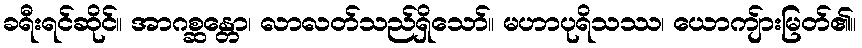
ခရီးရင်ဆိုင်။ အာဂစ္ဆန္တော၊ လာလတ်သည်ရှိသော်။ မဟာပုရိသဿ၊ ယောကျ်ားမြတ်၏။